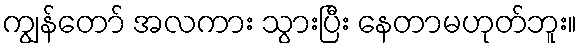
ကျွန်တော် အလကား သွားပြီး နေတာမဟုတ်ဘူး။